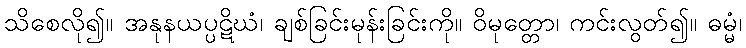
သိစေလို၍။ အနုနယပ္ပဋိဃံ၊ ချစ်ခြင်းမုန်းခြင်းကို။ ဝိမုတ္တော၊ ကင်းလွတ်၍။ ဓမ္မံ၊